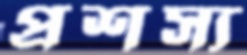
প্রশস্য